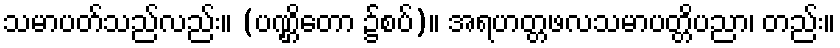
သမာပတ်သည်လည်း။ (ပဏ္ဌိတော ၌စပ်)။ အရဟတ္တဖလသမာပတ္တိပညာ၊ တည်း။